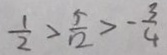
\frac { 1 } { 2 } > \frac { 5 } { 1 2 } > - \frac { 3 } { 4 }